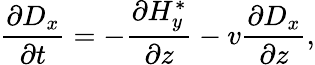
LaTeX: \frac{\partial D_{x}}{\partial t}=-\frac{\partial H_{y}^{*}}{\partial z}-v\frac{\partial D_{x}}{\partial z},